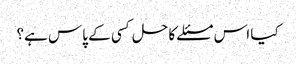
کیا اس مسئلے کا حل کسی کے پاس ہے؟